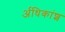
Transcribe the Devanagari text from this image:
र्अधिकांश